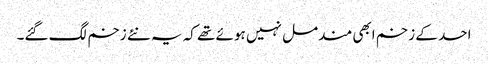
احد کے زخم ابھی مندمل نہیں ہوئے تھے کہ یہ نئے زخم لگ گئے۔